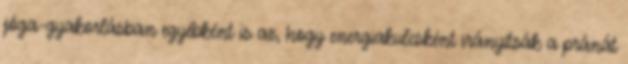
jóga-gyakorlásban egyébként is az, hogy energiakulcsként irányítsák a pránát